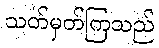
သတ်မှတ်ကြသည်